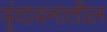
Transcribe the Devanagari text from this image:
वृंदावनातील